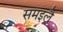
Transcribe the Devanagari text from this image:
समइलै